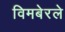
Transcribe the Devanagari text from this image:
विमबेरले